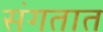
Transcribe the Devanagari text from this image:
संगतात